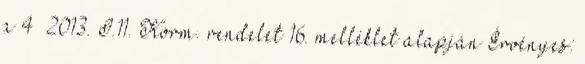
a 4 2013. I.11. Korm. rendelet 16. melléklet alapján Érvényes: